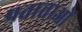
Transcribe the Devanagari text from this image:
प्रताताओं